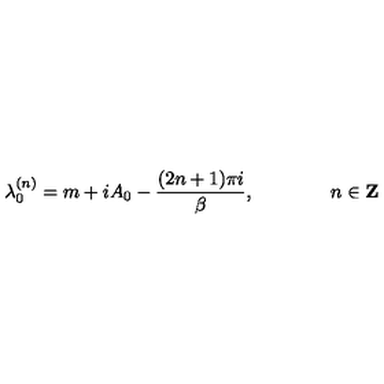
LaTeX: \lambda _ { 0 } ^ { ( n ) } = m + i A _ { 0 } - \frac { ( 2 n + 1 ) \pi i } { \beta } , \qquad \qquad n \in { \bf Z }